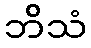
ဘိသံ